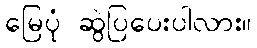
မြေပုံ ဆွဲပြပေးပါလား။